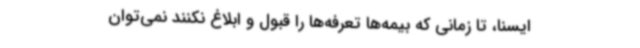
ایسنا، تا زمانی که بیمه‌ها تعرفه‌ها را قبول و ابلاغ نکنند نمی‌توان